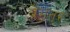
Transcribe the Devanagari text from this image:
ब्रेमनर